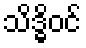
သိဒ္ဓိဝင်